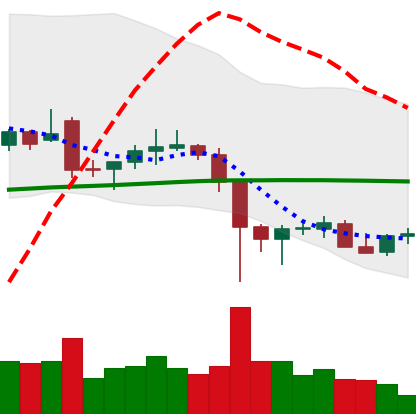
Ticker: LTC-USD
Chart end date: 2021-12-12
Forward return: -9.337%
Label: down_7plus